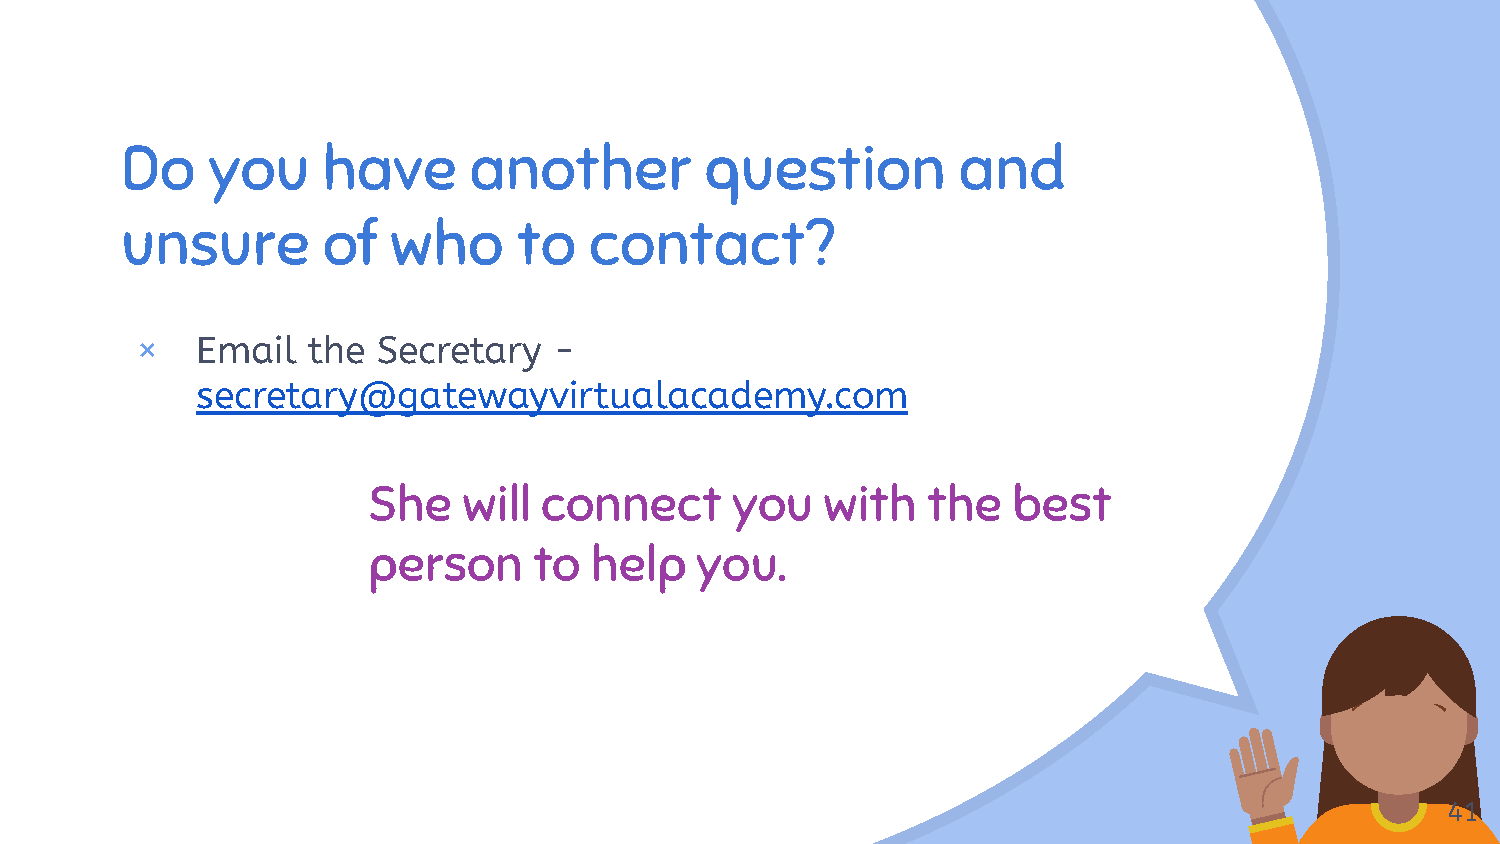
Do    you    have      another         question        and
 “
 unsure       of   who     to   contact?
 ×   Email  the  Secretary   -
 secretary@gatewayvirtualacademy.com
 She    will connect     you    with  the   best
 person     to  help   you.
 41